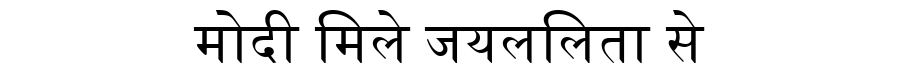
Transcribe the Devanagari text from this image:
मोदी मिले जयललिता से